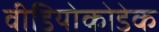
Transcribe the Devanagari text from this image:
वीडियोकोडेक